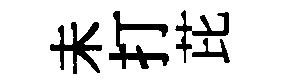
未打芘